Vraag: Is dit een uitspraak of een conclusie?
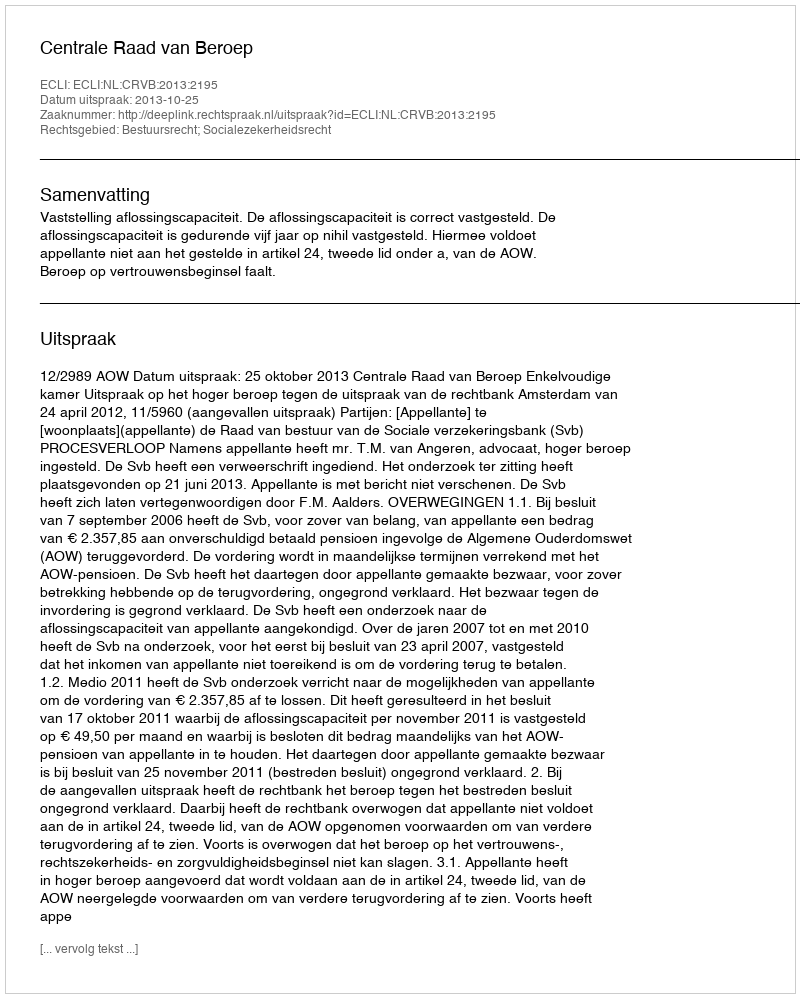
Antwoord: Uitspraak